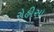
રોહીસા